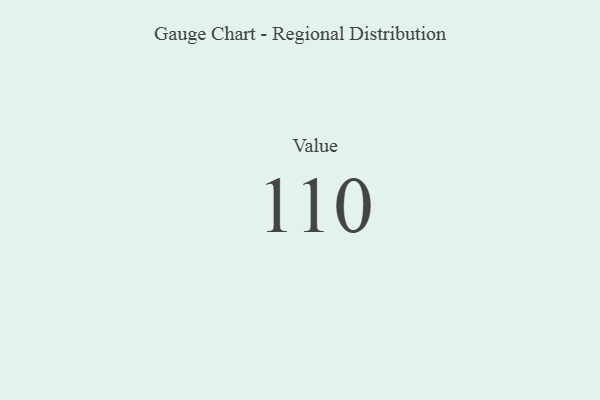
{"axis": {"x": "Metric", "y": "Value"}, "legend": [""], "data": [{"x": "Value", "y": 110, "type": ""}]}